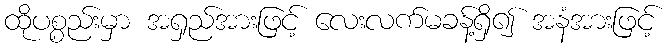
ထိုပစ္စည်းမှာ အရှည်အားဖြင့် လေးလက်မခန့်ရှိ၍ အနံအားဖြင့်